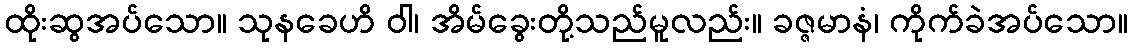
ထိုးဆွအပ်သော။ သုနခေဟိ ဝါ၊ အိမ်ခွေးတို့သည်မူလည်း။ ခဇ္ဇမာနံ၊ ကိုက်ခဲအပ်သော။